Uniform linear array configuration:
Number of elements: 64
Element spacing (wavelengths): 0.25
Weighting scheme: cosine
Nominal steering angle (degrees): -15
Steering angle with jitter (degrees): -14.544
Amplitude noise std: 0.05
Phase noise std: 0.05

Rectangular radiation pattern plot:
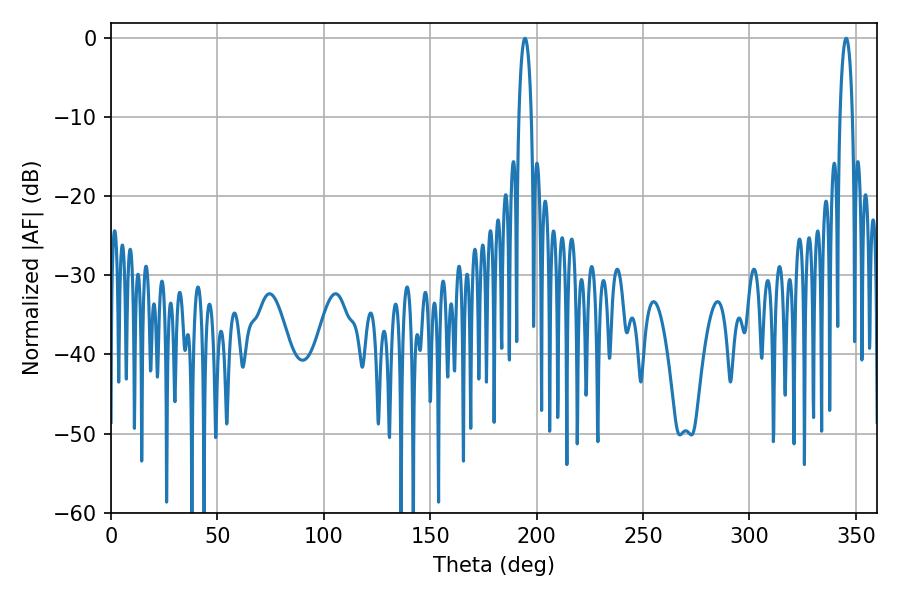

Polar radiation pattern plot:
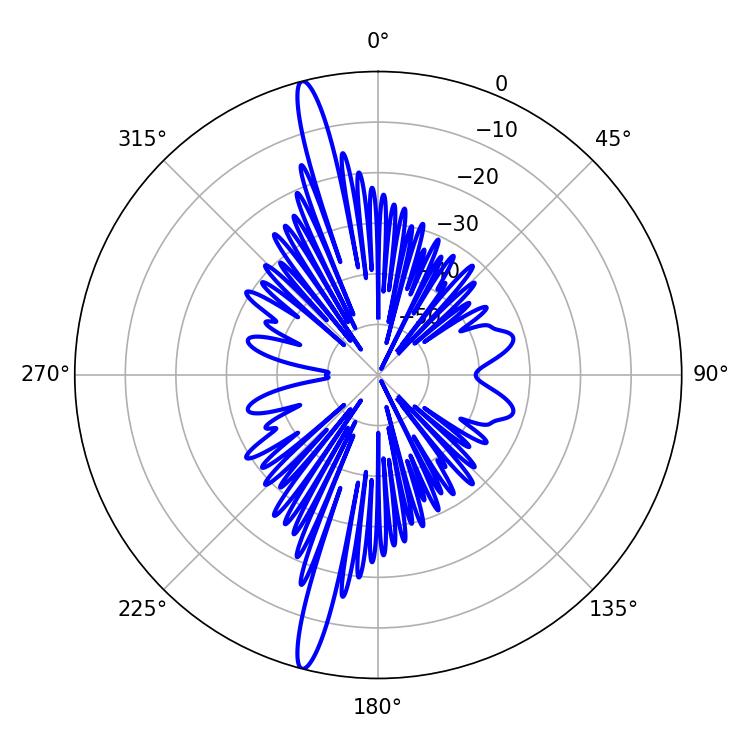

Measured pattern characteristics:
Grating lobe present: FALSE
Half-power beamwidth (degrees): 3.24
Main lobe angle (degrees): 345.42